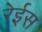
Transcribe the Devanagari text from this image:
रेईस